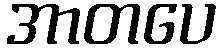
အာတပေ